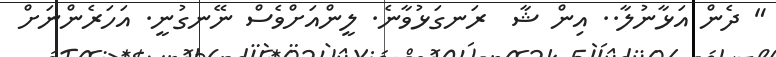
" ދެން އަޅާނުލާ.. އިން ޝާ  ރަނގަޅުވާނެ. ލީންއަށްވެސް ނޭނގުނީ. އަހަރެންނަށް